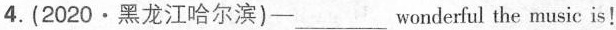
4. (2020 · 黑龙江哈尔滨)——___wonderful the music is!